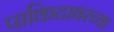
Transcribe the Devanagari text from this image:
पाकिटावरच्या